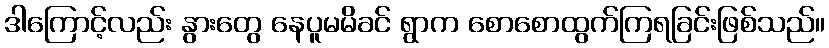
ဒါကြောင့်လည်း နွားတွေ နေပူမမိခင် ရွာက စောစောထွက်ကြရခြင်းဖြစ်သည်။